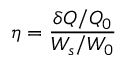
\eta = \frac { \delta Q / Q _ { 0 } } { W _ { s } / W _ { 0 } }